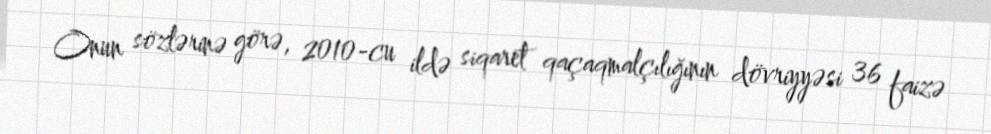
Onun sözlərinə görə, 2010-cu ildə siqaret qaçaqmalçılığının dövriyyəsi 36 faizə